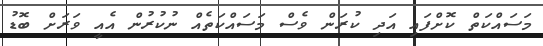
މަސައްކަތް ކޮށްފައި އަދި ކުރަން ވެސް މަސައްކަތެއް ނުކުރުން އެއީ ވަރަށް ބޮޑު